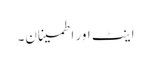
اینٹ اور اطمینان۔